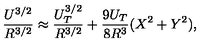
\frac { U ^ { 3 / 2 } } { R ^ { 3 / 2 } } \approx \frac { U _ { T } ^ { 3 / 2 } } { R ^ { 3 / 2 } } + \frac { 9 U _ { T } } { 8 R ^ { 3 } } ( X ^ { 2 } + Y ^ { 2 } ) ,